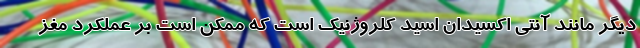
دیگر مانند آنتی اکسیدان اسید کلروژنیک است که ممکن است بر عملکرد مغز